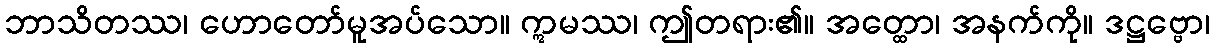
ဘာသိတဿ၊ ဟောတော်မူအပ်သော။ ဣမဿ၊ ဤတရား၏။ အတ္ထော၊ အနက်ကို။ ဒဋ္ဌဗ္ဗော၊